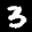
Digit: 3